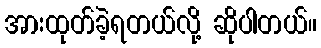
အားထုတ်ခဲ့ရတယ်လို့ ဆိုပါတယ်။